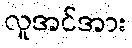
လူအင်အား